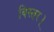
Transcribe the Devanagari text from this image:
बिस्तर।